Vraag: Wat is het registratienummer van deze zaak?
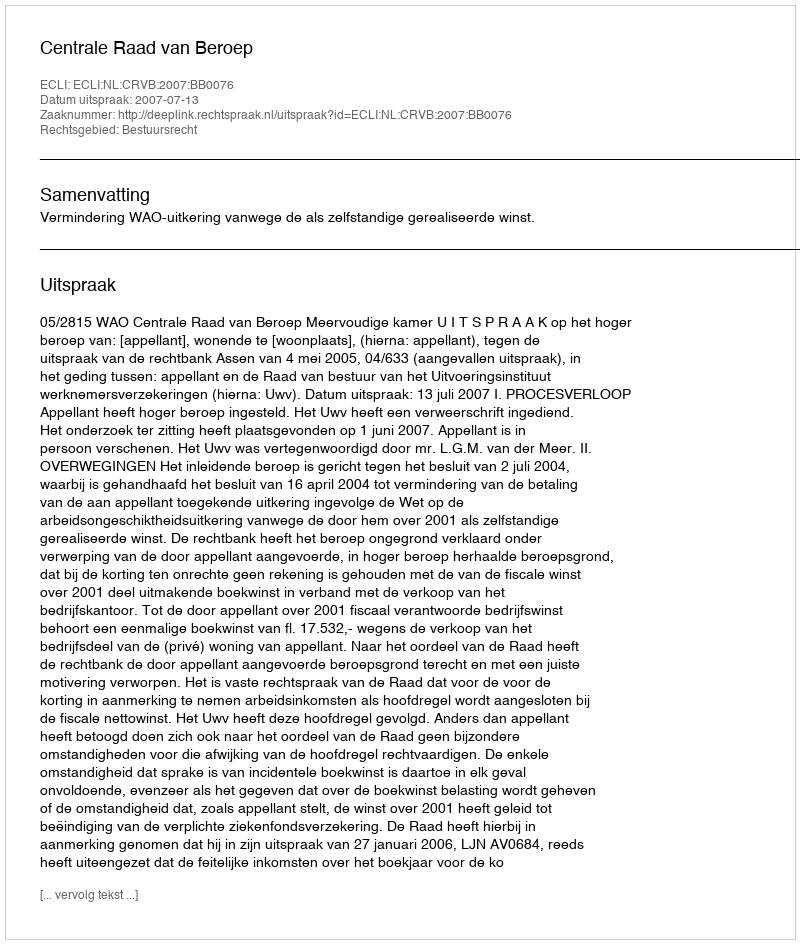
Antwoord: http://deeplink.rechtspraak.nl/uitspraak?id=ECLI:NL:CRVB:2007:BB0076